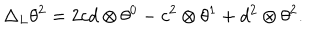
LaTeX: \Delta _ { L } \theta ^ { 2 } = 2 c d \otimes \theta ^ { 0 } - c ^ { 2 } \otimes \theta ^ { 1 } + d ^ { 2 } \otimes \theta ^ { 2 } .